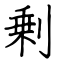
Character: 剰